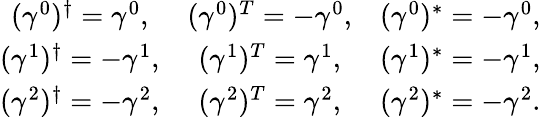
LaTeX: \begin{array}{ccc}{{(\gamma^{0})^{\dagger}=\gamma^{0},}}&{{(\gamma^{0})^{T}=-\gamma^{0},}}&{{(\gamma^{0})^{*}=-\gamma^{0},}}\\ {{(\gamma^{1})^{\dagger}=-\gamma^{1},}}&{{(\gamma^{1})^{T}=\gamma^{1},}}&{{(\gamma^{1})^{*}=-\gamma^{1},}}\\ {{(\gamma^{2})^{\dagger}=-\gamma^{2},}}&{{(\gamma^{2})^{T}=\gamma^{2},}}&{{(\gamma^{2})^{*}=-\gamma^{2}.}}\end{array}